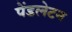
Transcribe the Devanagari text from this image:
पेंडलेटन